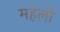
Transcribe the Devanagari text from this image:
महेली